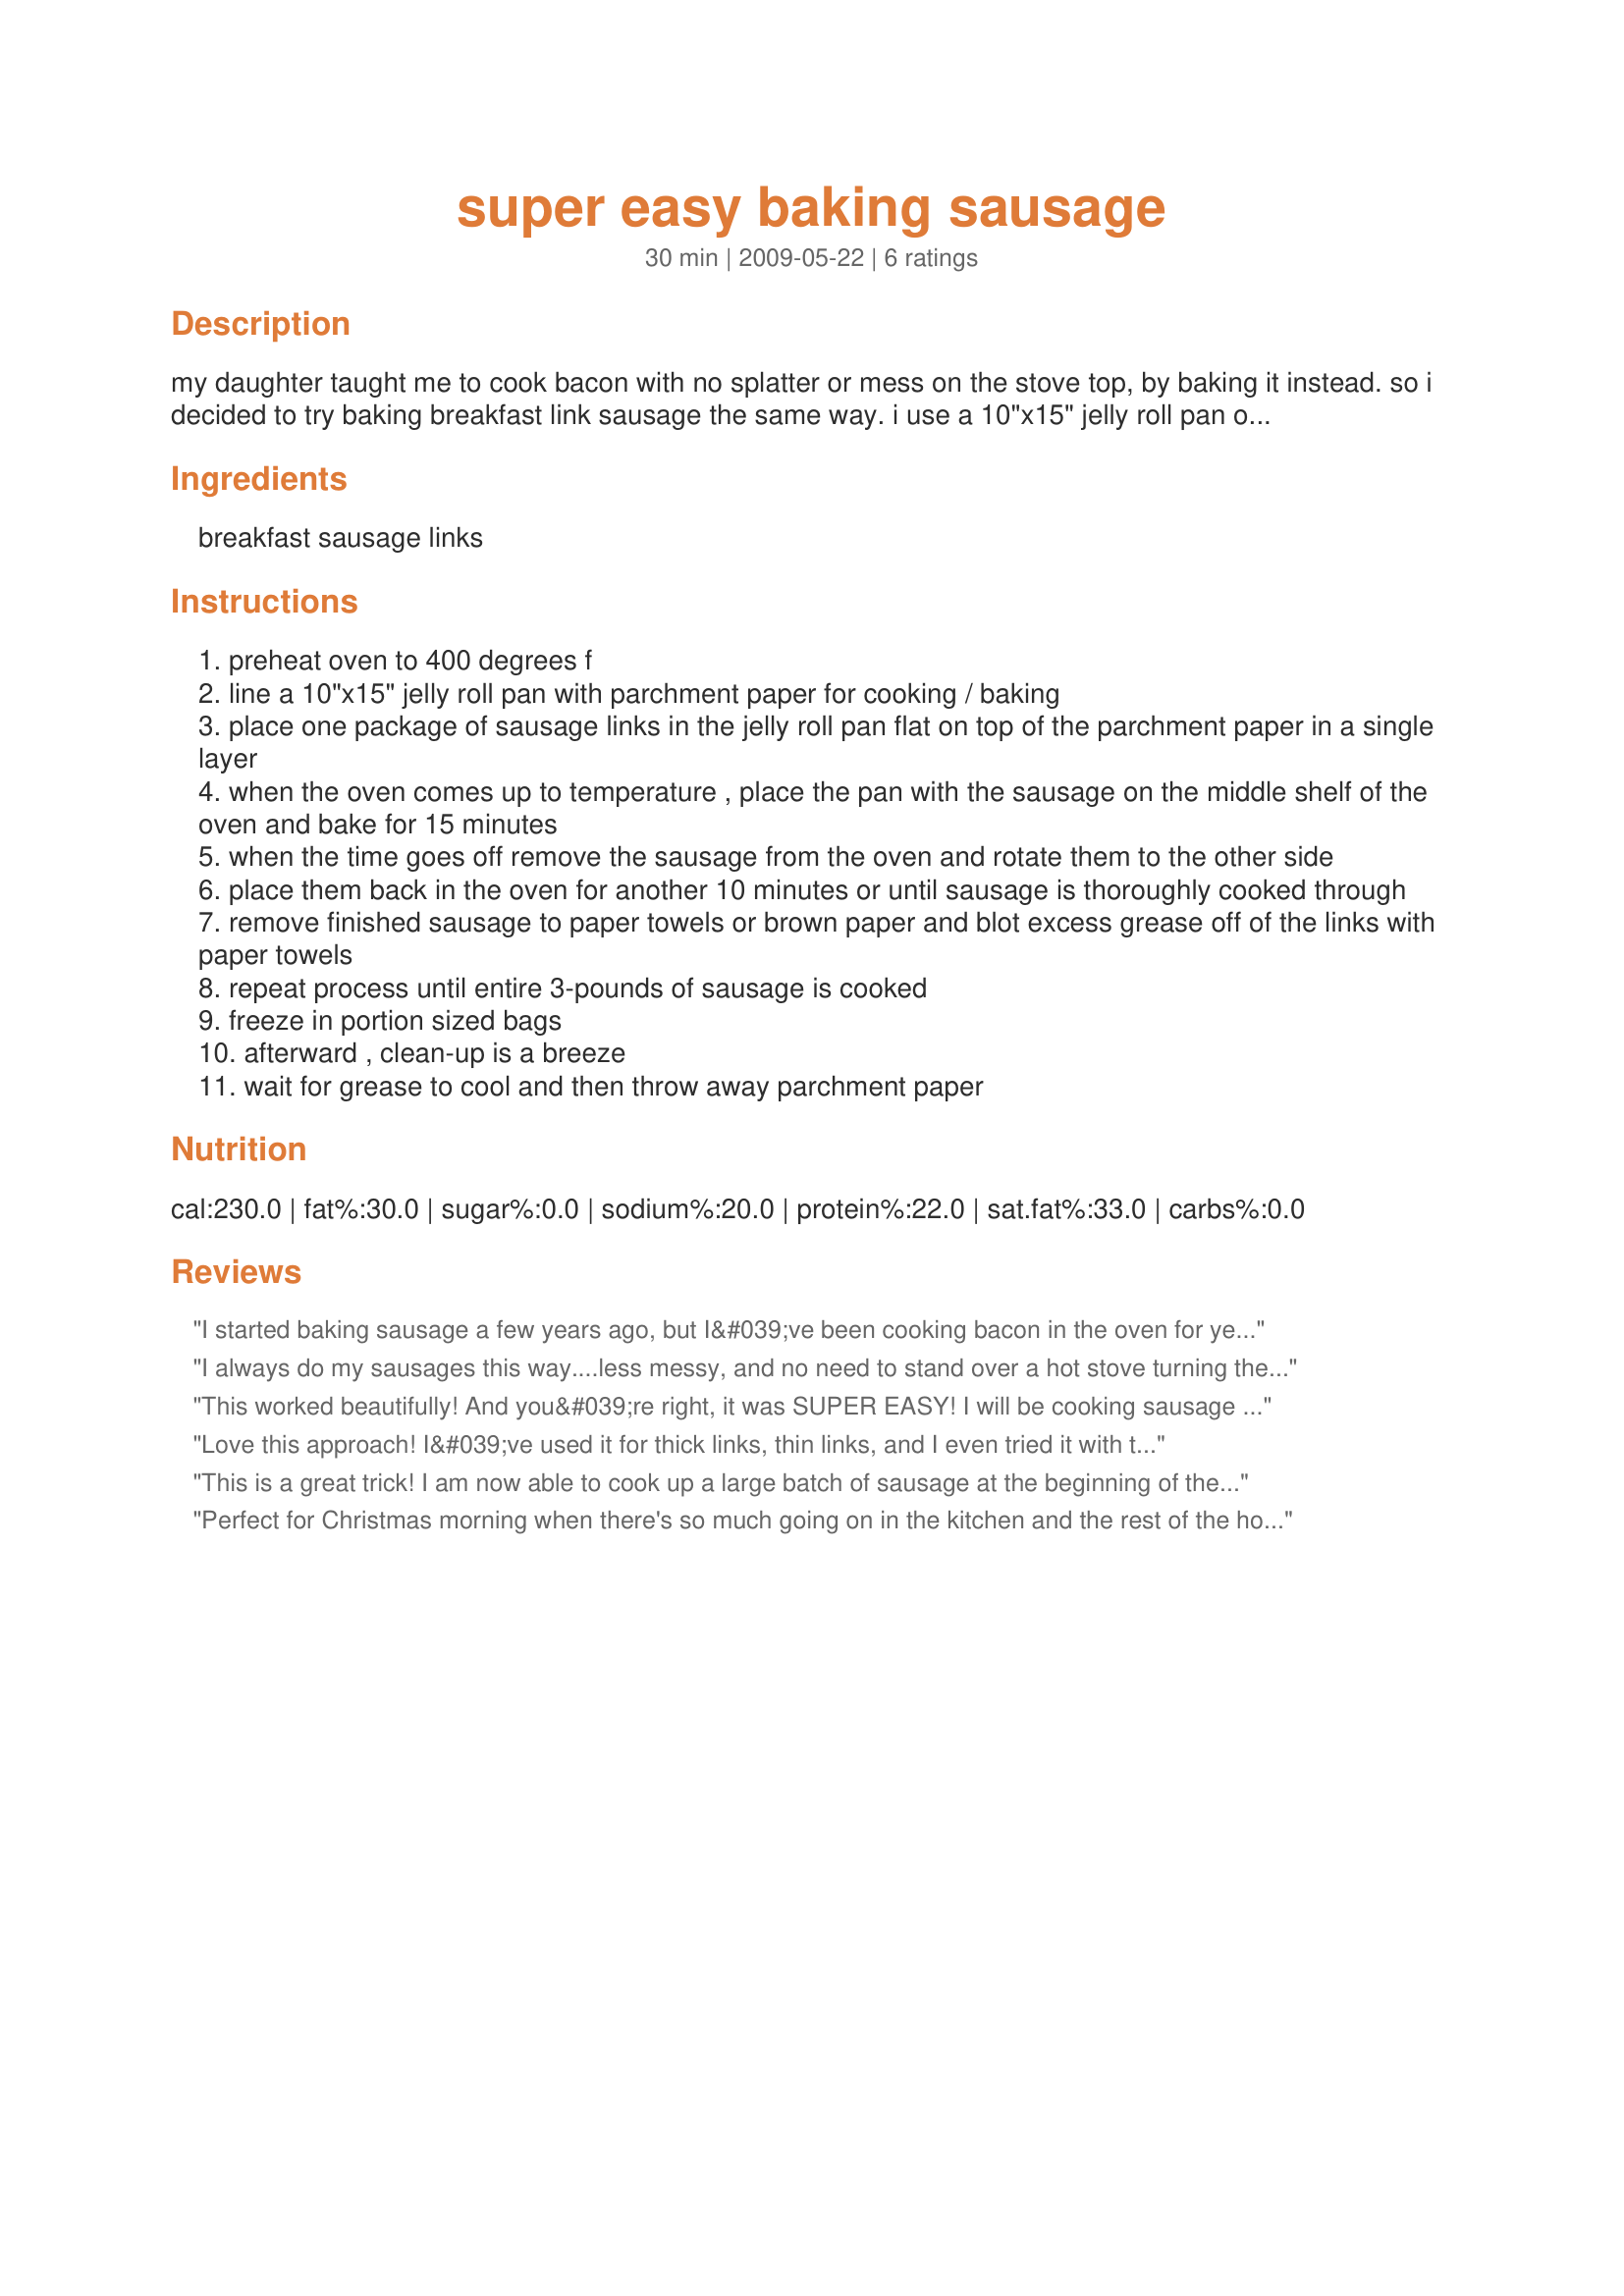
super easy baking sausage
Preparation time: 30 minutes

my daughter taught me to cook bacon with no splatter or mess on the stove top, by baking it instead. so i decided to try baking breakfast link sausage the same way. i use a 10"x15" jelly roll pan or the bottom of a broiling pan. i buy parchment paper for baking in rolls in bulk online. i bake 3 pounds of maple breakfast link sausage at a time and freeze it in individual servings.

Ingredients:
breakfast sausage links

Steps:
preheat oven to 400 degrees f
line a 10"x15" jelly roll pan with parchment paper for cooking / baking
place one package of sausage links in the jelly roll pan flat on top of the parchment paper in a single layer
when the oven comes up to temperature , place the pan with the sausage on the middle shelf of the oven and bake for 15 minutes
when the time goes off remove the sausage from the oven and rotate them to the other side
place them back in the oven for another 10 minutes or until sausage is thoroughly cooked through
remove finished sausage to paper towels or brown paper and blot excess grease off of the links with paper towels
repeat process until entire 3-pounds of sausage is cooked
freeze in portion sized bags
afterward , clean-up is a breeze
wait for grease to cool and then throw away parchment paper

Reviews:
I started baking sausage a few years ago, but I&#039;ve been cooking bacon in the oven for years.....LOVE IT that way!!! :P
I always do my sausages this way....less messy, and no need to stand over a hot stove turning the sausages and getting spit on with fat. Before baking, I poke each sausage several times with a knife tip, to help them release more fat without bursting as they bake.
This worked beautifully! And you&#039;re right, it was SUPER EASY! I will be cooking sausage this way from now on. Thanks for posting and saving me time and mess.
Love this approach! I&#039;ve used it for thick links, thin links, and I even tried it with turkey sausage patties this morning. With patties, you&#039;ll want to use aluminum foil for quicker clean-up, but the parchment paper works perfect with links. I have a tiny kitchen (an RV kitchen) and this really helps manage space. Plus the sausages come out better than on the stove. Even better, this works great in my convection microwave without changing the recipe. I bake all my breakfast meats now: sausage and bacon (though not Canadian bacon, dries it out too much).
This is a great trick! I am now able to cook up a large batch of sausage at the beginning of the week and have it quick and easy in the morning for breakfast.
Perfect for Christmas morning when there's so much going on in the kitchen and the rest of the house that sausages in a skillet can easily be forgotten and burned. Here, set the timer and let the oven take care of the sausage. Thanks!
